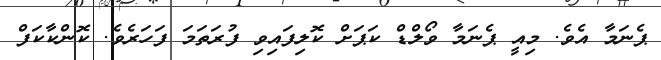
ޕެނަމާ އެވެ. މިއީ ޕެނަމާ ވޯލްޑް ކަޕަށް ކޮލިފައިވި ފުރަތަމަ ފަހަރެވެ. ކޮންކާކަފް